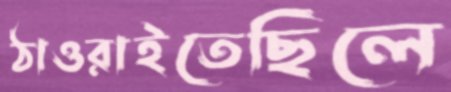
ঠাওরাইতেছিলে